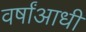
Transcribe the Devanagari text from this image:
वर्षांआधी